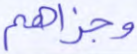
وجزاهم